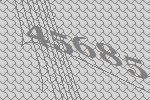
45685